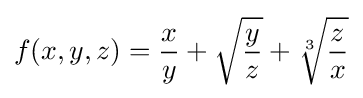
f(x,y,z)={\frac {x}{y}}+{\sqrt {\frac {y}{z}}}+{\sqrt[{3}]{\frac {z}{x}}}